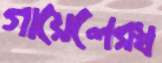
গায়েলেরস্ব